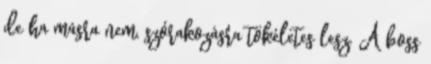
de ha másra nem, szórakozásra tökéletes lesz. A boss